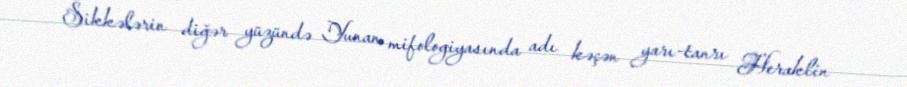
Sikkələrin diğər yüzündə Yunan mifologiyasında adı kəçən yarı-tanrı Heraklin